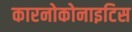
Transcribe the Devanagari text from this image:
कारनोकोनाइटिस